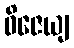
ဝိဇေယျ